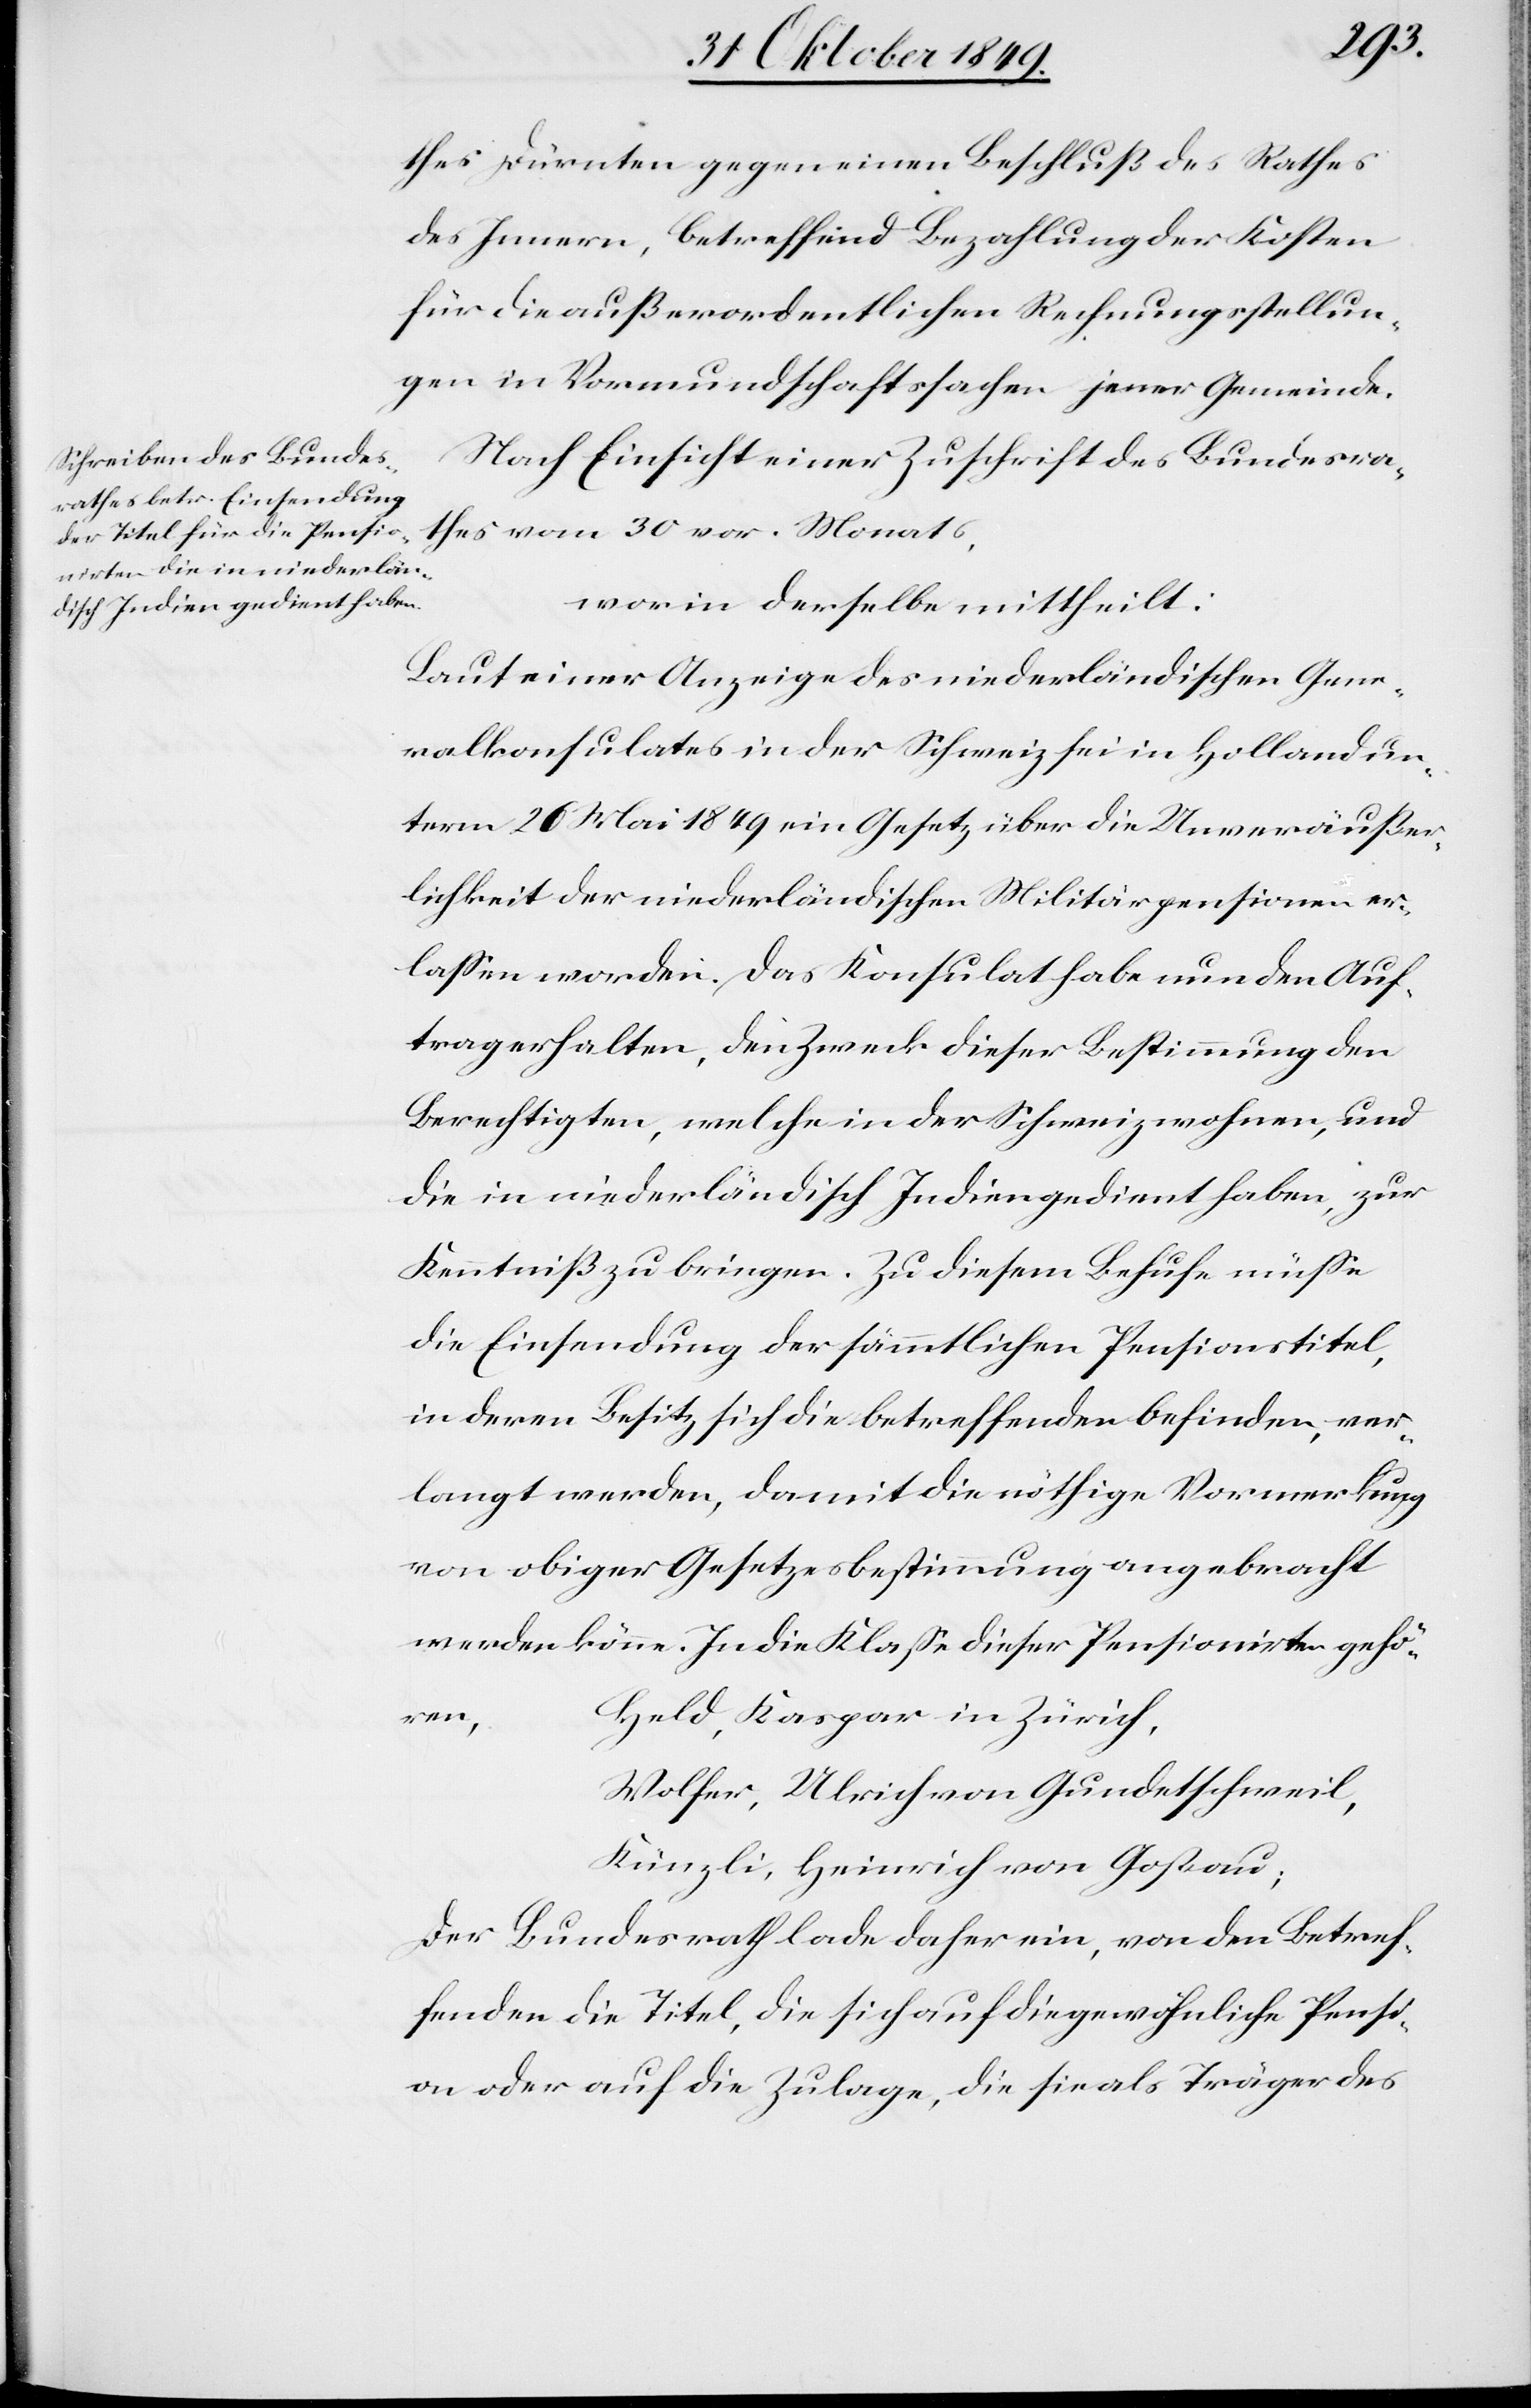
1849.]
thes Dürnten gegen einen Beschluß des Rathes
des Innern, betreffend Bezahlung der Kosten
für die außerordentlichen Rechnungsstellun¬
gen in Vormundschaftssachen jener Gemeinde.
Nach Einsicht einer Zuschrift des Bundesra¬
thes vom 30 vor. Monats,
worin derselbe mittheilt:
Laut einer Anzeige des niederländischen Gene¬
ralkonsulates in der Schweiz sei in Holland un¬
term 26 Mai 1849 ein Gesetz über die Unveräußer¬
lichkeit der niederländischen Militärpensionen er¬
laßen worden. Das Konsulat habe nun den Auf¬
trag erhalten, den Zweck dieser Bestimmung den
Berechtigten, welche in der Schweiz wohnen, und
die in niederländische Indien gedient haben, zur
Kenntniß zu bringen. Zu diesem Behufe müße
die Einsendung der sämmtlichen Pensionstitel,
in deren Besitz sich die betreffenden befinden, ver¬
langt werden, damit die nöthige Vormerkung
von obiger Gesetzesbestimmung angebracht
werden können. In die Klaße dieser Pensionirten gehö¬
ren,
Held, Kaspar in Zürich,
Wolfer, Ulrich von Gundetschweil,
Künzli, Heinrich von Goßau;
Der Bundesrath lade daher ein, von den Betref¬
fenden die Titel, die sich auf die gewöhnliche Pensi¬
on oder auf die Zulage, die sie als Träger des